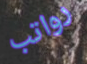
رواتب